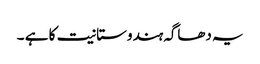
یہ دھاگہ ہندوستانیت کا ہے ۔